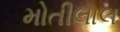
મોતીલાલ